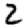
Digit: 2